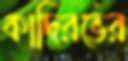
কাদিরভের